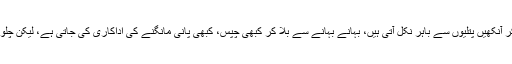
انٹر سٹی کوچز میں بس ہوسٹس کو دیکھ کر آنکھیں پتلیوں سے باہر نکل آتی ہیں، بہانے بہانے سے بلا کر کبھی چپس، کبھی پانی مانگنے کی اداکاری کی جاتی ہے، لیکن چلو بھر پانی نہیں ملتا کہ اس میں ڈوب مریں۔